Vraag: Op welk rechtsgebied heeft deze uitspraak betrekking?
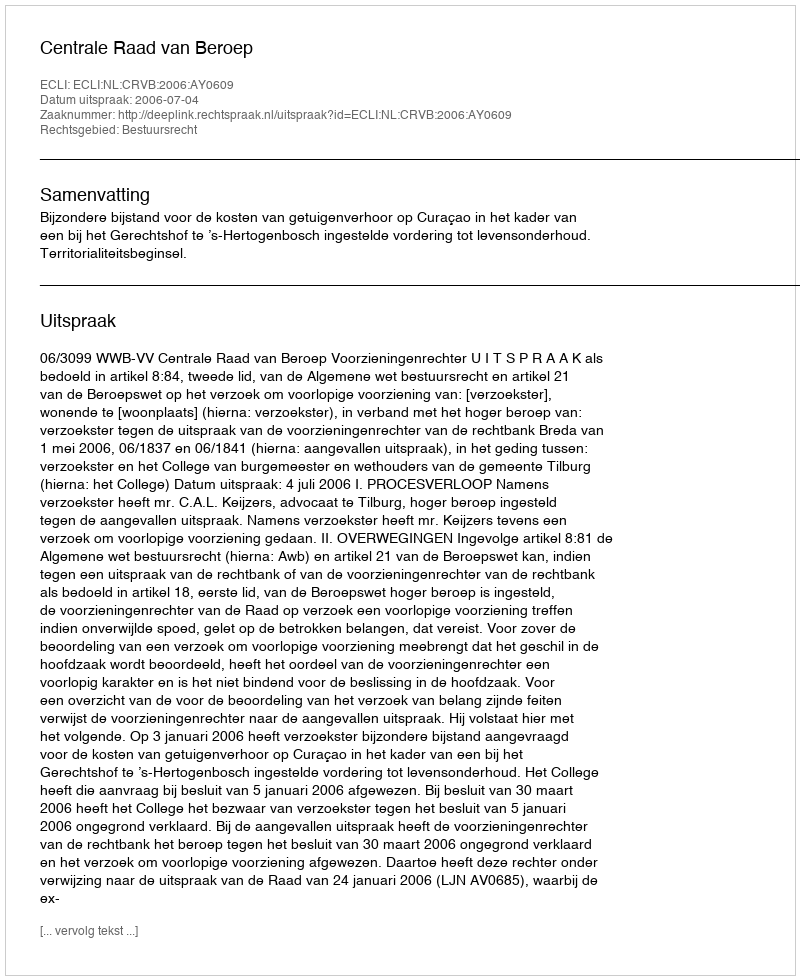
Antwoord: Bestuursrecht